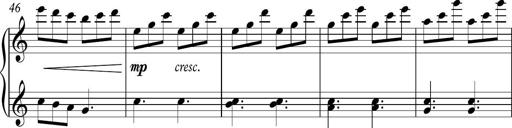
Title: Piano Sonatina in C
Composer: Daniel LÃ©o Simpson
Key: C major